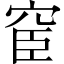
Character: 䆠